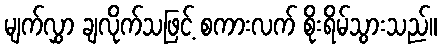
မျက်လွှာ ချလိုက်သဖြင့် စကားလက် စိုးရိမ်သွားသည်။